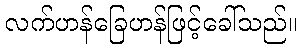
လက်ဟန်ခြေဟန်ဖြင့်ခေါ်သည်။